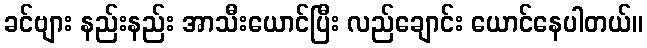
ခင်ဗျား နည်းနည်း အာသီးယောင်ပြီး လည်ချောင်း ယောင်နေပါတယ်။